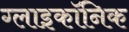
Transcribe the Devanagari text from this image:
ग्लाइकॉनिक